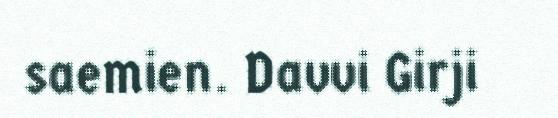
saemien. Davvi Girji